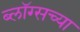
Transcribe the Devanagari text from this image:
ब्लॉग्सच्या